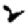
Digit: 2